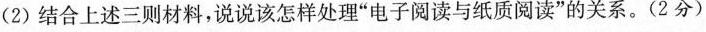
(2)结合上述三则材料，说说该怎样处理”电子阅读与纸质阅读”的关系。(2分)